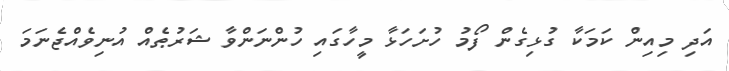
އަދި މިއިން ކަމަކާ ގުޅިގެން ފޯމު ހުށަހަޅާ މީހާގައި ހުންނަންވާ ޝަރުޠެއް އުނިވެއްޖެނަމަ